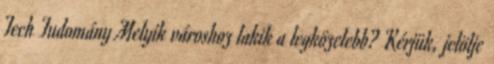
Tech Tudomány Melyik városhoz lakik a legközelebb? Kérjük, jelölje